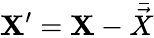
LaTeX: \mathbf{\boldsymbol{X}}^{\prime}=\mathbf{\boldsymbol{X}}-\bar{\vec{X}}